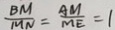
\frac { B M } { M N } = \frac { A M } { M E } = 1